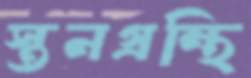
স্তনগ্রন্থি